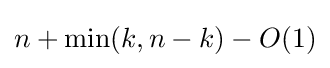
n+\min(k,n-k)-O(1)